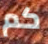
كم